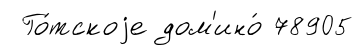
Го́тскоjе дом'ино́ 78905